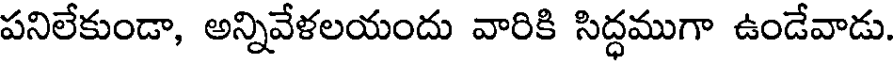
పనిలేకుండా, అన్నివేళలయందు వారికి సిద్ధముగా ఉండేవాడు.